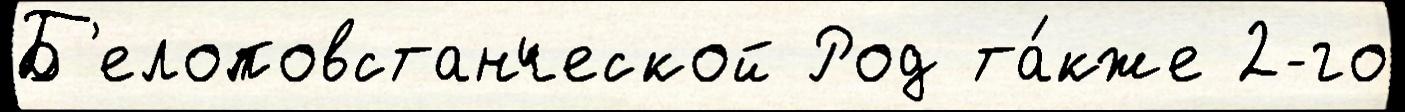
Б'елоповстанческой Род та́кже 2-го